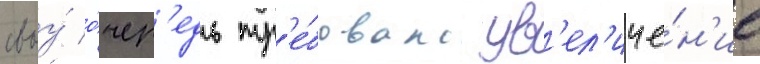
своу́ о́чер'едь тр'е́бовало ув'ел'иче́н'ие